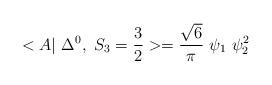
LaTeX: \begin{align*}<A|~\Delta^{0},~ S_3=\frac{3}{2} >= \frac{\sqrt{6}}{\pi} ~\psi_1~\psi_2^2\end{align*}